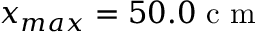
x _ { m a x } = 5 0 . 0 \textrm { c m }